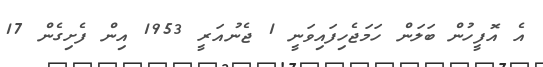
އެ އޮފީހުން ބަލަން ހަމަޖެހިފައިވަނީ 1 ޖެނުއަރީ 1953 އިން ފެށިގެން 17